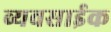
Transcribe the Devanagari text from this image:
व्यवसाईक